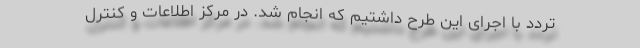
تردد با اجرای این طرح داشتیم که انجام شد. در مرکز اطلاعات و کنترل